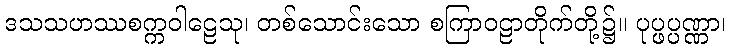
ဒသသဟဿစက္ကဝါဠေသု၊ တစ်သောင်းသော စကြာဝဠာတိုက်တို့၌။ ပုပ္ဖပ္ပဏ္ဏာ၊